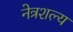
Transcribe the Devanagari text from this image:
नेत्रशल्य